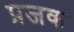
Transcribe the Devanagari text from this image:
प्रजक